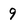
Character: 9